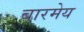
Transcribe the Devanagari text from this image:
बारमेय